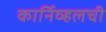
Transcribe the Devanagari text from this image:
कार्निव्हलची